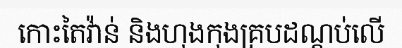
កោះតៃវ៉ាន់ និងហុងកុងគ្របដណ្តប់លើ